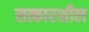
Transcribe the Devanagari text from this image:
सत्कारशील